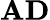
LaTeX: \textbf{AD}